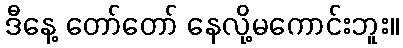
ဒီနေ့ တော်တော် နေလို့မကောင်းဘူး။